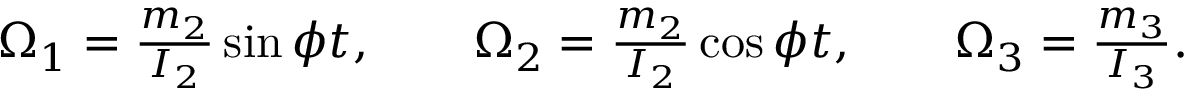
\begin{array} { r } { \Omega _ { 1 } = \frac { m _ { 2 } } { I _ { 2 } } \sin \phi t , \qquad \Omega _ { 2 } = \frac { m _ { 2 } } { I _ { 2 } } \cos \phi t , \qquad \Omega _ { 3 } = \frac { m _ { 3 } } { I _ { 3 } } . } \end{array}